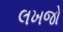
લખજો